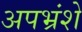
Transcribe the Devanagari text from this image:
अपभ्रंशे